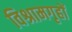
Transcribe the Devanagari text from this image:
विश्रामगृहों